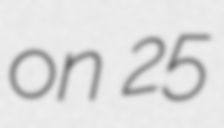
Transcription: on 25